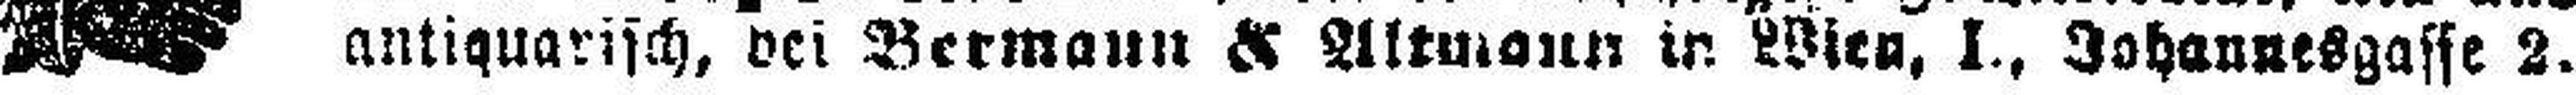
antiquarisch, bei Bermann & Altmann in Wien, I., Johannesgasse 2.